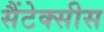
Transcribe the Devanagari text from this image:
सैंटेक्सीस